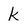
Character: k